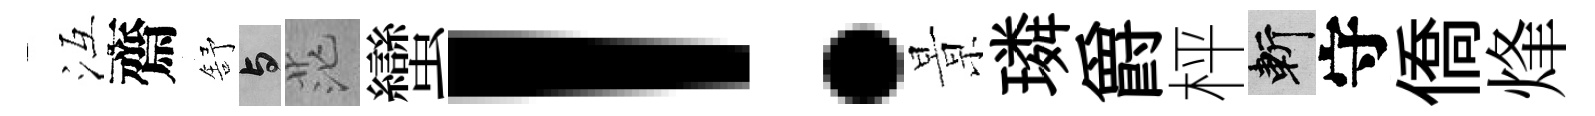
冱齋舒与茫蠻！㬌璘爵枰斬守僑烽